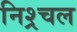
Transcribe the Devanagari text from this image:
निश्र्चल